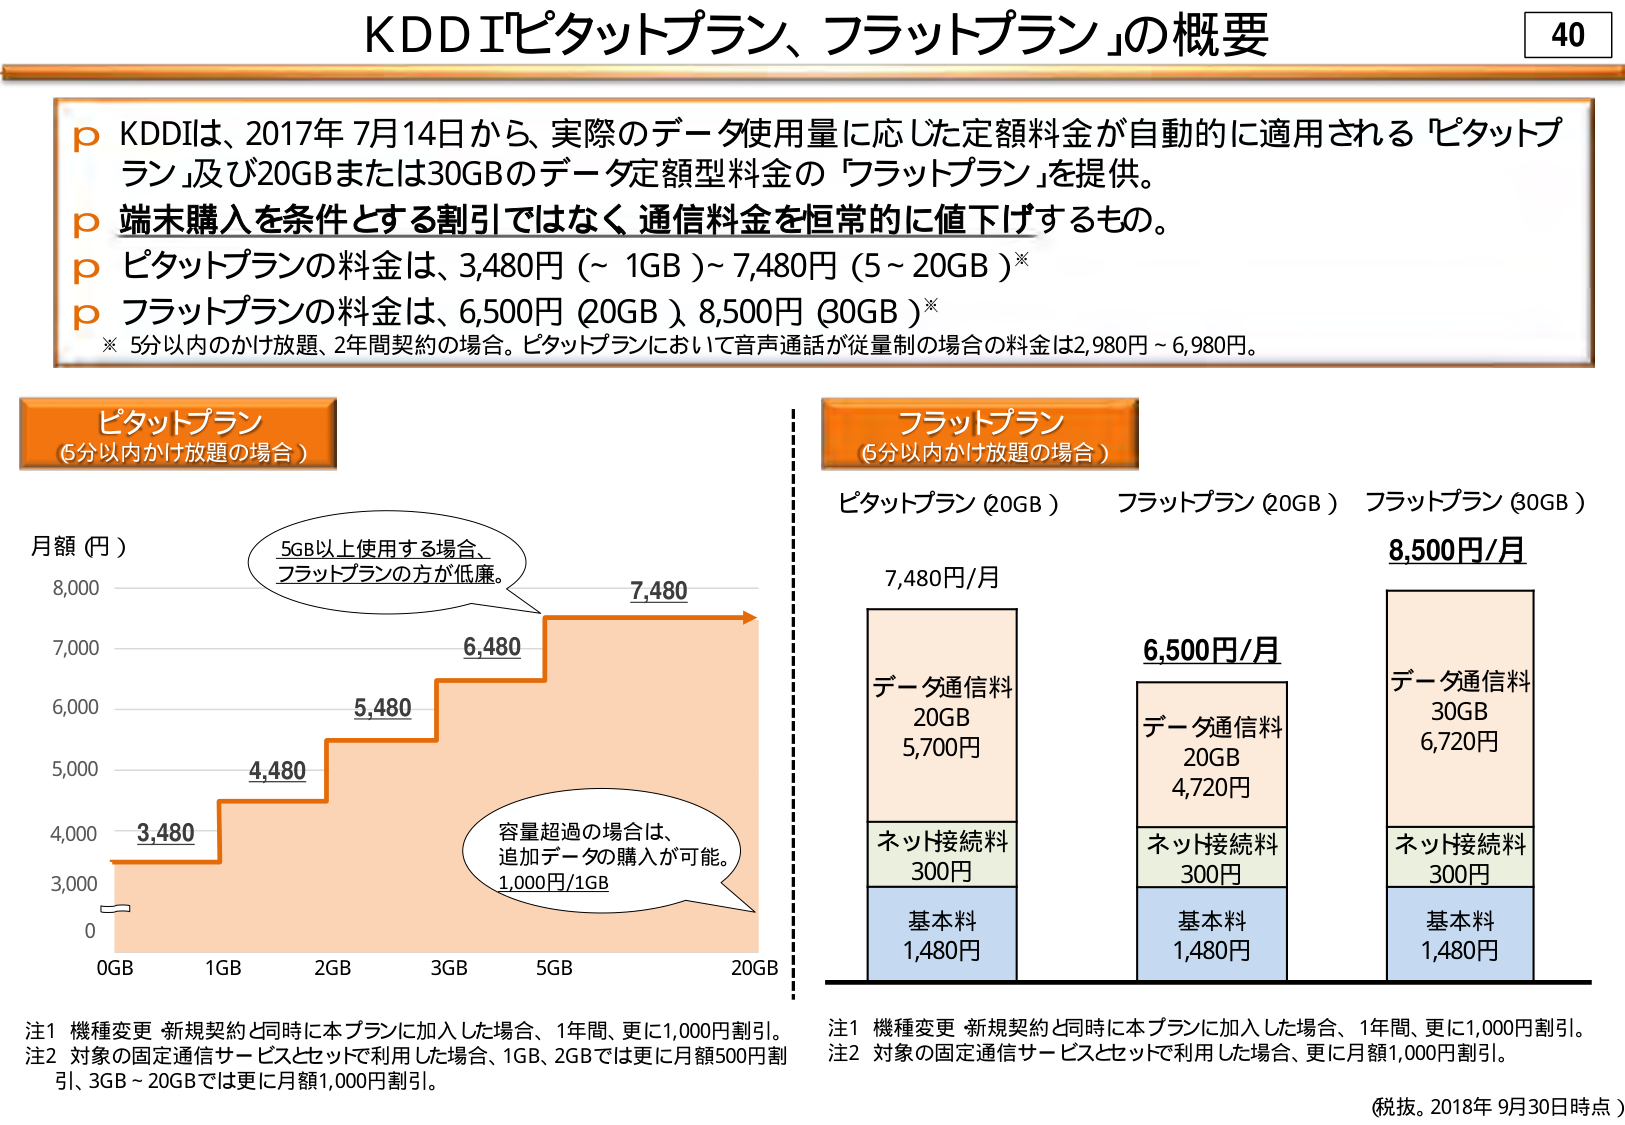
KDDIピタットプラン、フラットプラン」の概要

p KDDIは、2017年7月14日から、実際のデータ使用量に応じた定額料金が自動的に適用される「ピタットプラン」及び20GBまたは30GBのデータ定額型料金の「フラットプラン」を提供。
p 端末購入を条件とする割引ではなく、通信料金を恒常的に値下げするもの。
p ピタットプランの料金は、3,480円（～1GB）～7,480円（5～20GB）※
p フラットプランの料金は、6,500円（20GB）、8,500円（30GB）※
※ 5分以内のかけ放題、2年間契約の場合。ピタットプランにおいて音声通話が従量制の場合の料金は2,980円～6,980円。

ピタットプラン
（5分以内かけ放題の場合）

月額（円）
8,000
7,000
6,000
5,000
4,000
3,000
0

0GB 1GB 2GB 3GB 5GB 20GB

3,480
4,480
5,480
6,480
7,480

5GB以上使用する場合、
フラットプランの方が低廉。

容量超過の場合は、
追加データの購入が可能。
1,000円/1GB

フラットプラン
（5分以内かけ放題の場合）

ピタットプラン（20GB） フラットプラン（20GB） フラットプラン（30GB）

7,480円/月

データ通信料
20GB
5,700円

ネット接続料
300円

基本料
1,480円

6,500円/月

データ通信料
20GB
4,720円

ネット接続料
300円

基本料
1,480円

8,500円/月

データ通信料
30GB
6,720円

ネット接続料
300円

基本料
1,480円

注1 機種変更・新規契約と同時に本プランに加入した場合、1年間、更に1,000円割引。
注2 対象の固定通信サービスとセットで利用した場合、1GB、2GBでは更に月額500円割引、3GB～20GBでは更に月額1,000円割引。

注1 機種変更・新規契約と同時に本プランに加入した場合、1年間、更に1,000円割引。
注2 対象の固定通信サービスとセットで利用した場合、更に月額1,000円割引。

（税抜。2018年9月30日時点）

40